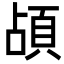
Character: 頕